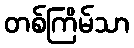
တစ်ကြိမ်သာ